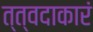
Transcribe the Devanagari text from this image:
त्त्वदाकारं